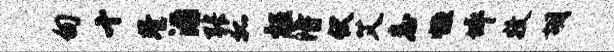
甸十巷沿张狐枉得伏艾詹恒坪牧胡